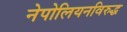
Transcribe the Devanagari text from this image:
नेपोलियनविरुद्ध